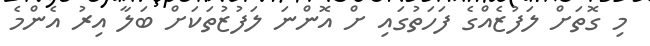
މި ގޮތަށް ލަފުޒެއްގެ ފަހަތުގައި ށް އޮންނަ ލަފުޒުތަކަށް ބަލާ އިރު އެންމެ